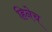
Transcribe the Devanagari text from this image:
हिनेच